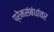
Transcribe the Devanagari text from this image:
प्रेमसंबंधांवर